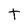
Character: t